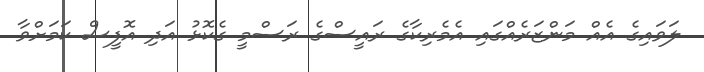
ލަވައިގެ އެއް މަންޒަރެއްގައި އެމެރިކާގެ ރައީސްގެ ރަސްމީ ގެކޮޅު އަދި އޮފީސް ކަމަށްވާ